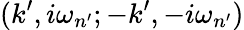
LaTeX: (k^{\prime},i\omega_{n^{\prime}};-k^{\prime},-i\omega_{n^{\prime}})